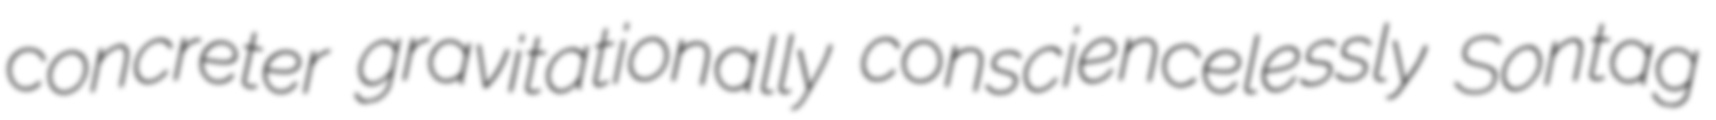
concreter gravitationally consciencelessly Sontag